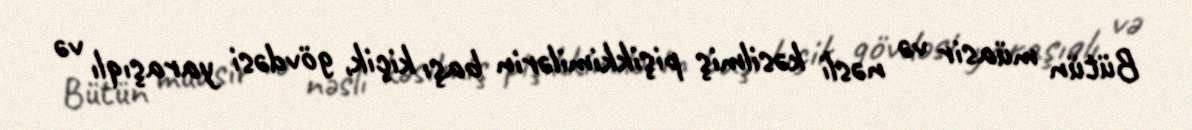
Bütün müasir və nəsli kəsilmiş pişikkimilərin başı kiçik, gövdəsi yaraşıqlı və